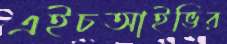
এইচআইভির